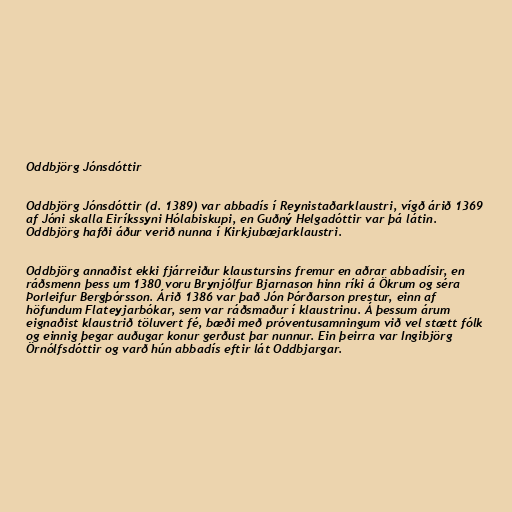
Oddbjörg Jónsdóttir

Oddbjörg Jónsdóttir (d. 1389) var abbadís í Reynistaðarklaustri, vígð árið 1369
af Jóni skalla Eiríkssyni Hólabiskupi, en Guðný Helgadóttir var þá látin.
Oddbjörg hafði áður verið nunna í Kirkjubæjarklaustri.

Oddbjörg annaðist ekki fjárreiður klaustursins fremur en aðrar abbadísir, en
ráðsmenn þess um 1380 voru Brynjólfur Bjarnason hinn ríki á Ökrum og séra
Þorleifur Bergþórsson. Árið 1386 var það Jón Þórðarson prestur, einn af
höfundum Flateyjarbókar, sem var ráðsmaður í klaustrinu. Á þessum árum
eignaðist klaustrið töluvert fé, bæði með próventusamningum við vel stætt fólk
og einnig þegar auðugar konur gerðust þar nunnur. Ein þeirra var Ingibjörg
Örnólfsdóttir og varð hún abbadís eftir lát Oddbjargar.